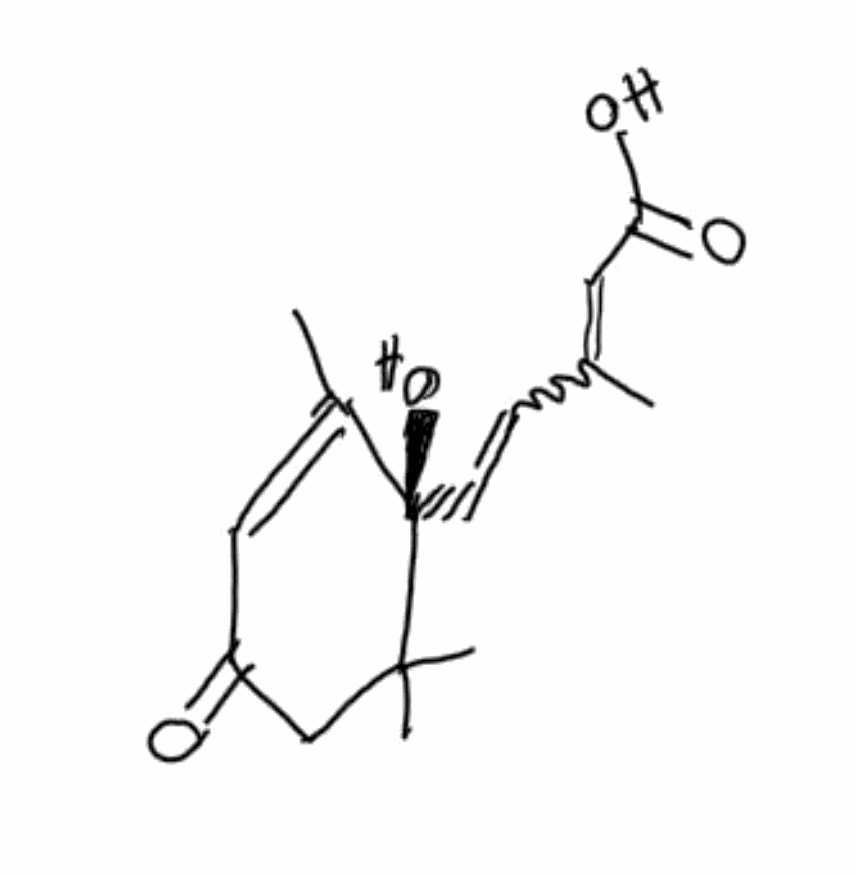
Simplified molecular-input line-entry system (SMILES) notation of the given molecule:
CC1=CC(=O)CC([C@]1(C=CC(=CC(=O)O)C)O)(C)C